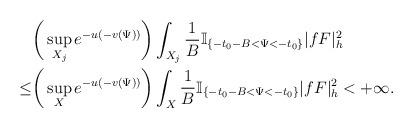
LaTeX: \begin{align*}&\bigg(\sup_{X_j}e^{-u(-v(\Psi))}\bigg)\int_{X_j}\frac{1}{B}\mathbb{I}_{\{-t_0-B<\Psi<-t_0\}} |fF|^2_h\\\le& \bigg(\sup_{X}e^{-u(-v(\Psi))}\bigg)\int_{X}\frac{1}{B}\mathbb{I}_{\{-t_0-B<\Psi<-t_0\}} |fF|^2_h<+\infty.\end{align*}